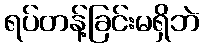
ရပ်တန့်ခြင်းမရှိဘဲ